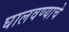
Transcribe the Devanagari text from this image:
घालवण्याचे